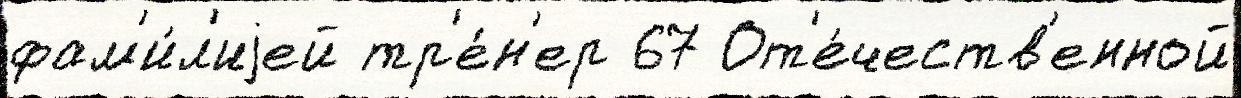
фам'и́л'иjей тр'е́н'ер 67 От'е́честв'енной